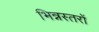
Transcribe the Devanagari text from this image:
भिन्नस्तरों